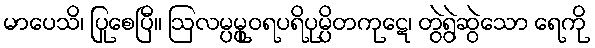
မာပေသိ၊ ပြုစေပြီ။ ဩလမ္ပမ္ပုဝရပရိပုမ္ပိတကုဋေ၊ တွဲရွဲဆွဲသော ရေကို